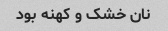
نان خشک و کهنه بود